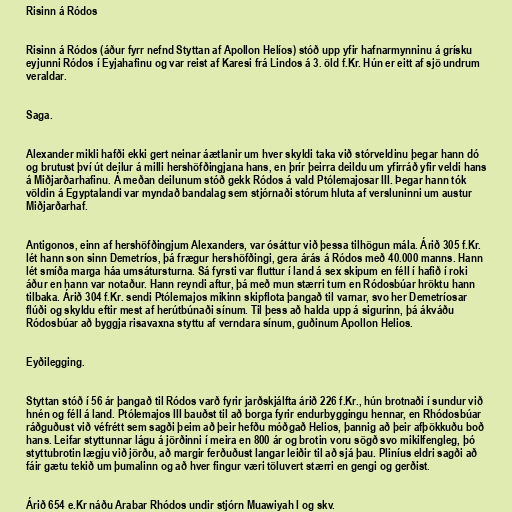
Risinn á Ródos

Risinn á Ródos (áður fyrr nefnd Styttan af Apollon Helíos) stóð upp yfir hafnarmynninu á grísku
eyjunni Ródos í Eyjahafinu og var reist af Karesi frá Lindos á 3. öld f.Kr. Hún er eitt af sjö undrum
veraldar.

Saga.

Alexander mikli hafði ekki gert neinar áætlanir um hver skyldi taka við stórveldinu þegar hann dó
og brutust því út deilur á milli hershöfðingjana hans, en þrír þeirra deildu um yfirráð yfir veldi hans
á Miðjarðarhafinu. Á meðan deilunum stóð gekk Ródos á vald Ptólemajosar III. Þegar hann tók
völdin á Egyptalandi var myndað bandalag sem stjórnaði stórum hluta af versluninni um austur
Miðjarðarhaf.

Antigonos, einn af hershöfðingjum Alexanders, var ósáttur við þessa tilhögun mála. Árið 305 f.Kr.
lét hann son sinn Demetríos, þá frægur hershöfðingi, gera árás á Ródos með 40.000 manns. Hann
lét smíða marga háa umsátursturna. Sá fyrsti var fluttur í land á sex skipum en féll í hafið í roki
áður en hann var notaður. Hann reyndi aftur, þá með mun stærri turn en Ródosbúar hröktu hann
tilbaka. Árið 304 f.Kr. sendi Ptólemajos mikinn skipflota þangað til varnar, svo her Demetríosar
flúði og skyldu eftir mest af herútbúnaði sínum. Til þess að halda upp á sigurinn, þá ákváðu
Ródosbúar að byggja risavaxna styttu af verndara sínum, guðinum Apollon Helios.

Eyðilegging.

Styttan stóð í 56 ár þangað til Ródos varð fyrir jarðskjálfta árið 226 f.Kr., hún brotnaði í sundur við
hnén og féll á land. Ptólemajos III bauðst til að borga fyrir endurbyggingu hennar, en Rhódosbúar
ráðguðust við véfrétt sem sagði þeim að þeir hefðu móðgað Helios, þannig að þeir afþökkuðu boð
hans. Leifar styttunnar lágu á jörðinni í meira en 800 ár og brotin voru sögð svo mikilfengleg, þó
styttubrotin lægju við jörðu, að margir ferðuðust langar leiðir til að sjá þau. Pliníus eldri sagði að
fáir gætu tekið um þumalinn og að hver fingur væri töluvert stærri en gengi og gerðist.

Árið 654 e.Kr náðu Arabar Rhódos undir stjórn Muawiyah I og skv.